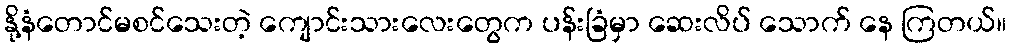
နို့နံတောင်မစင်သေးတဲ့ ကျောင်းသားလေးတွေက ပန်းခြံမှာ ဆေးလိပ် သောက် နေ ကြတယ်။